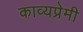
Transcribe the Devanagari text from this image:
काव्यप्रेमी